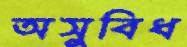
অসুবিধ